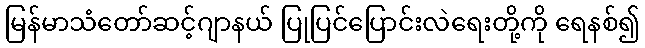
မြန်မာသံတော်ဆင့်ဂျာနယ် ပြုပြင်ပြောင်းလဲရေးတို့ကို ရေနစ်၍